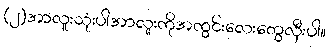
(၂)အာလူးသုံးပါအာလူးကိုအကွင်းလေးတွေလှီးပါ။